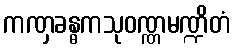
ကဏှခန္ဓကသုဝဏ္ဏမဏ္ဍိတံ